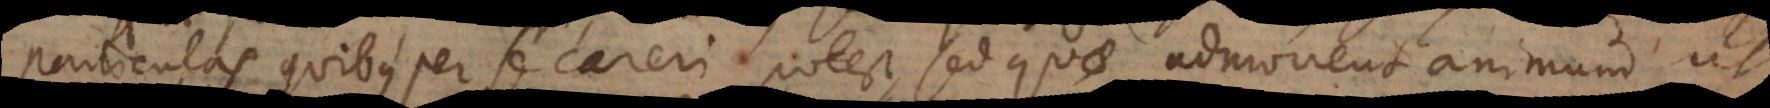
particulas quibus per se careri potest, sed quae admonent animum ut